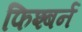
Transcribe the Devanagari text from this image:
फिश्बर्न